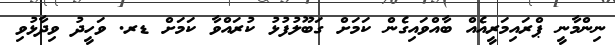
ނިންމާނީ ޕްރައިމަރީއެއް ބާއްވައިގެން ކަމަށް ގަބޫލުފުޅު ކުރައްވާ ކަމަށް ޑރ. ވަހީދު ވިދާޅުވި